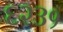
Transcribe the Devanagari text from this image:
६२३१